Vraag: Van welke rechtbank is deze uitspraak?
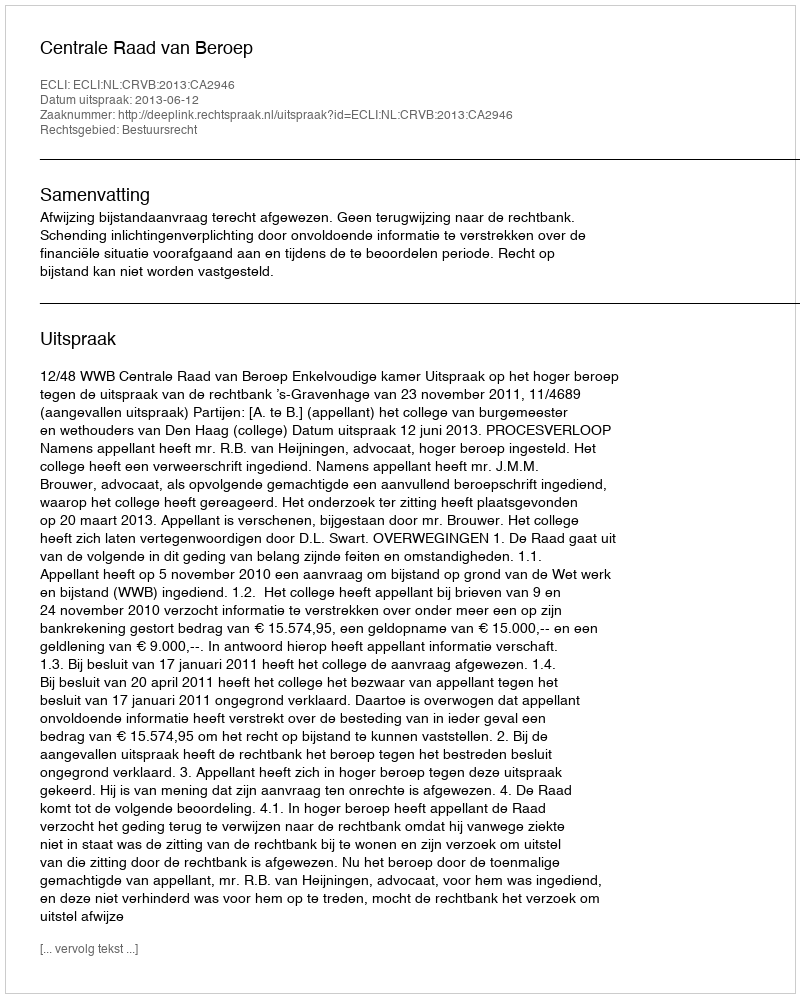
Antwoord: Centrale Raad van Beroep